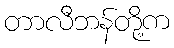
တာလီဘန်တို့က